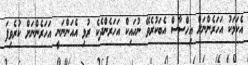
އެކަމަކު އަހަރެންނަށް އިހްސާސް އެބަކުރެވޭ ނުހައިކް އަހަރެންދެކެ ރުޅި އެއަންނަނީ އަހަރެންނަށް ކުރެވިފަ